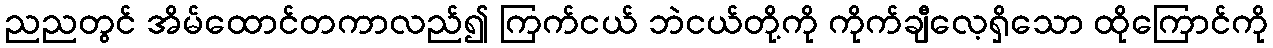
ညညတွင် အိမ်ထောင်တကာလည်၍ ကြက်ငယ် ဘဲငယ်တို့ကို ကိုက်ချီလေ့ရှိသော ထိုကြောင်ကို